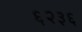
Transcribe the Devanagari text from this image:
६२३६